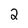
Character: 2